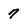
Character: 7